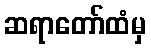
ဆရာတော်ထံမှ